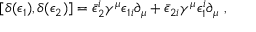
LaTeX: \left[ \delta ( \epsilon _ { 1 } ) , \delta ( \epsilon _ { 2 } ) \right] = \bar { \epsilon } _ { 2 } ^ { i } \gamma ^ { \mu } \epsilon _ { 1 i } \partial _ { \mu } + \bar { \epsilon } _ { 2 i } \gamma ^ { \mu } \epsilon _ { 1 } ^ { i } \partial _ { \mu } \ ,